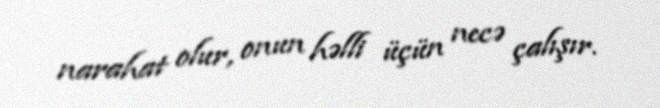
narahat olur, onun həlli üçün necə çalışır.